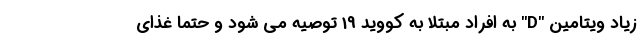
زیاد ویتامین "D" به افراد مبتلا به کووید 19 توصیه می شود و حتما غذای